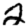
Digit: 2